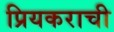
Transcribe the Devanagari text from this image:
प्रियकराची